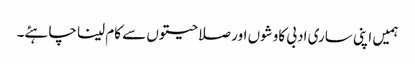
ہمیں اپنی ساری ادبی کاوشوں اور صلاحیتوں سے کام لینا چاہئے۔